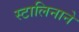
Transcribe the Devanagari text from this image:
स्टालिनाने